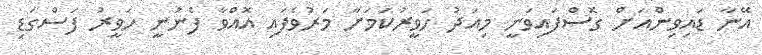
އޭނާ ޑައިވިންއަށް ގޮސްފައިވަނީ މިއަދު ހަވީރުކަމަށާ މަރުވެފައި އޮއްވާ ފެނުނީ ހަވީރު ފަސްގަޑި